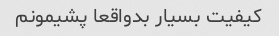
کیفیت بسیار بدواقعا پشیمونم